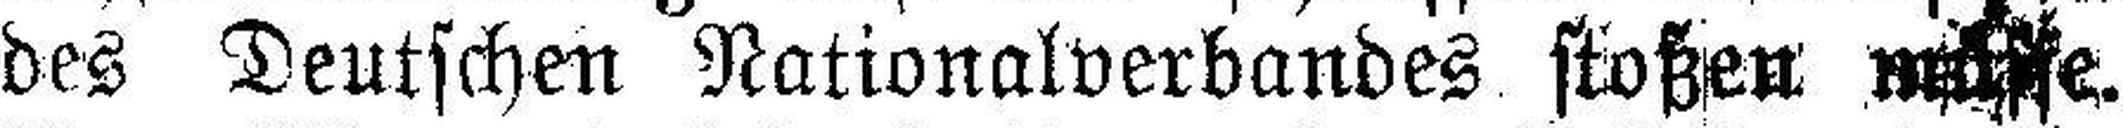
des Deutschen Nationalverbandes stoßen müsse.